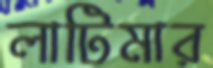
লাটিমার